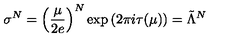
\sigma ^ { N } = \left( \frac { \mu } { 2 e } \right) ^ { N } \exp \left( 2 \pi i \tau ( \mu ) \right) = \tilde { \Lambda } ^ { N }